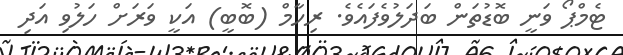
ޓެމްޕޯ ވަނީ ބޮޑުތަން ބަދަލުވެފައެވެ. ރިހާމް (ބޮބީ) އަކީ ވަރަށް ހަލުވި އަދި